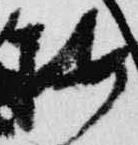
按